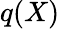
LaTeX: q(X)